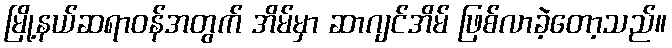
မြို့နယ်ဆရာဝန်အတွက် အိမ်မှာ ဆာဂျင်အိမ် ဖြစ်လာခဲ့တော့သည်။